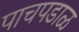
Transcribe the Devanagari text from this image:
पाचपडाळ